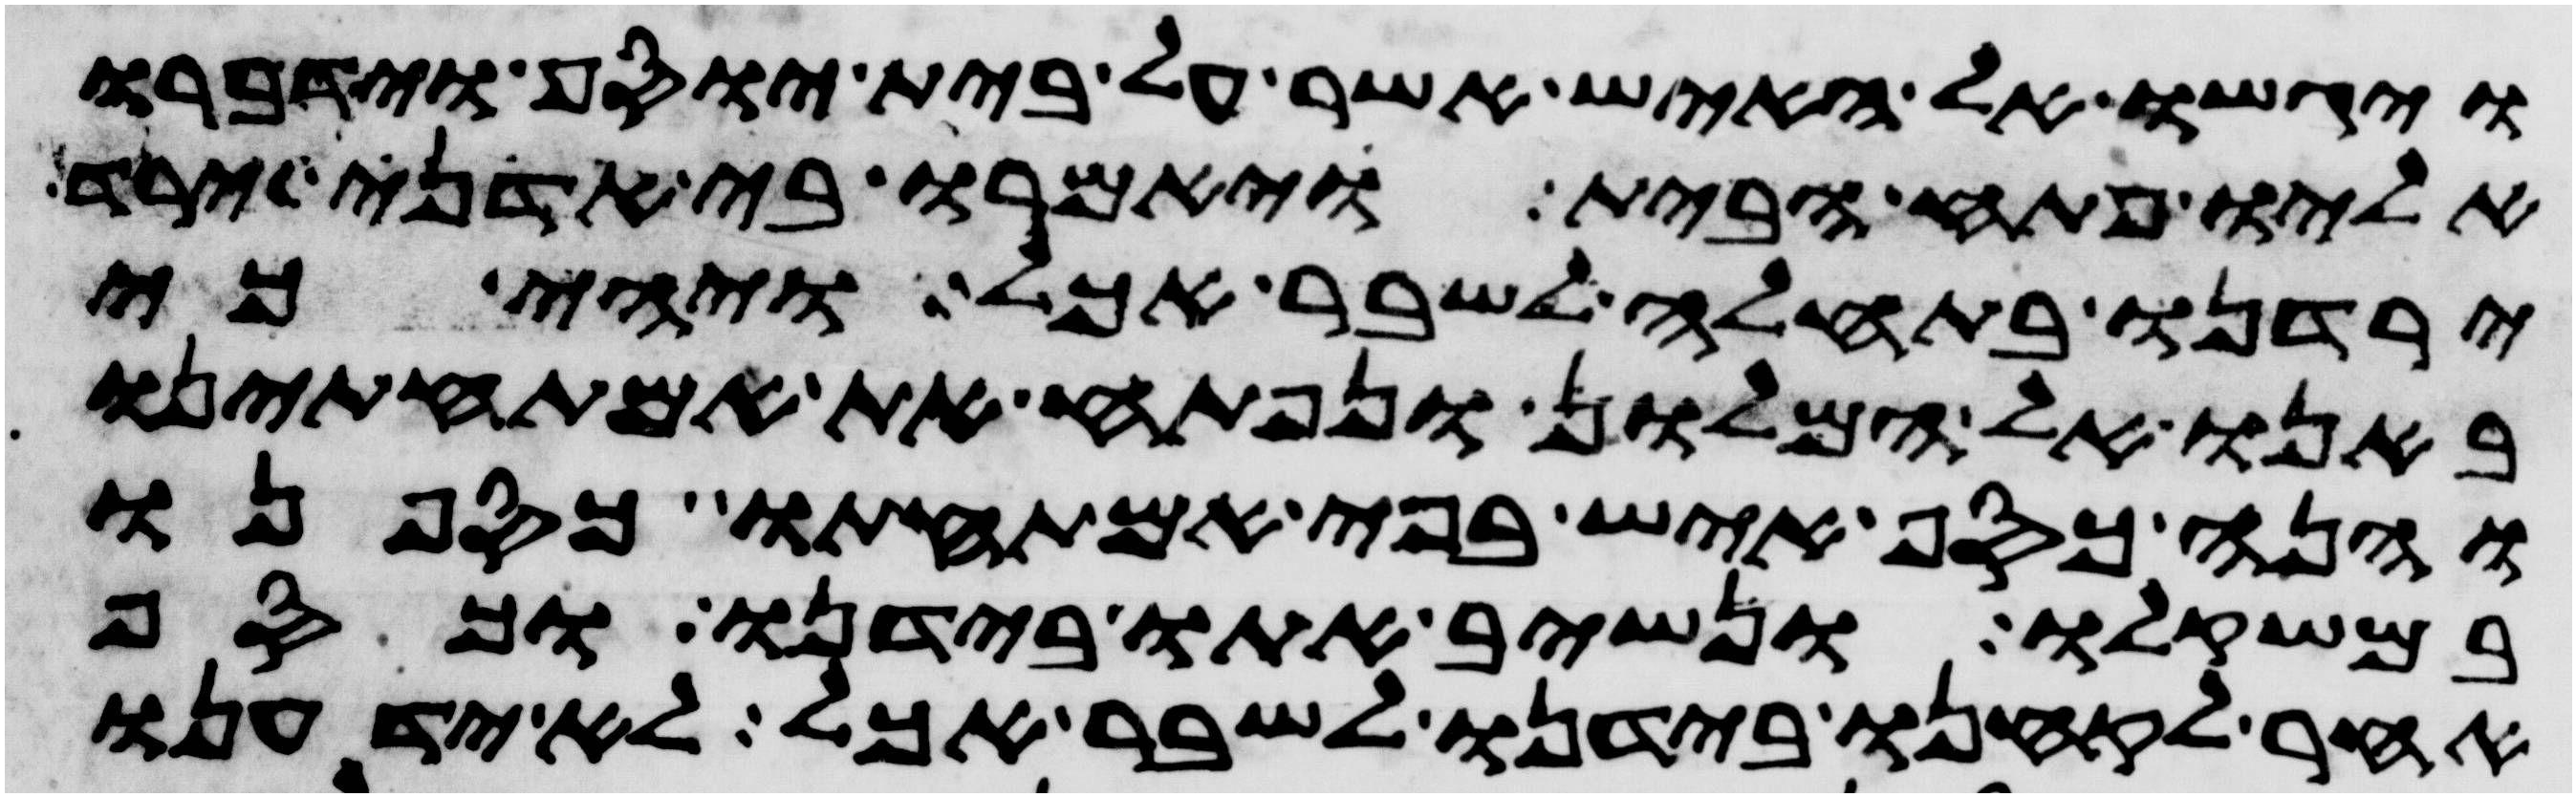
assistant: ויגשו אל האיש אשר על בית יוסף וידברו
אליו פתח הבית ויאמרו בי אדני ירד
ירדנו בתחלה לשבר אכל ויהי כי
באנו אל המלון ונפתח את אמתחתינו
והנה כסף איש בפי אמתחתו כספנו
במשקלו ונשיב אתו בידנו וכסף
אחר לקחנו בידנו לשבר אכל לא ידענו